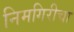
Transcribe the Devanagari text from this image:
निमगिरीचा